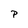
Character: P